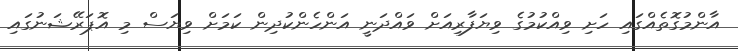
އާންމުގޮތެއްގައި ހަށި ވިއްކުމުގެ ވިޔަފާރިއަށް ވައްދަނީ އަންހެންކުދިން ކަމަށް ވިޔަސް މި އޮޕަރޭޝަނުގައި